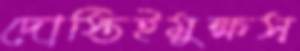
দোস্তিইমুক্ষস্